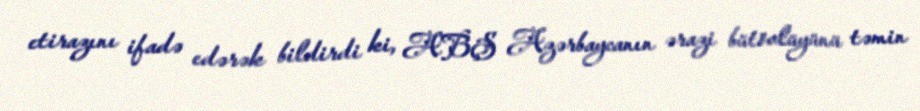
etirazını ifadə edərək bildirdi ki, ABŞ Azərbaycanın ərazi bütövlüyünü təmin